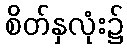
စိတ်နှလုံး၌